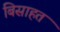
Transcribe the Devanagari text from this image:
बिसाहत